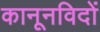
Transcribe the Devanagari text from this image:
कानूनविदों